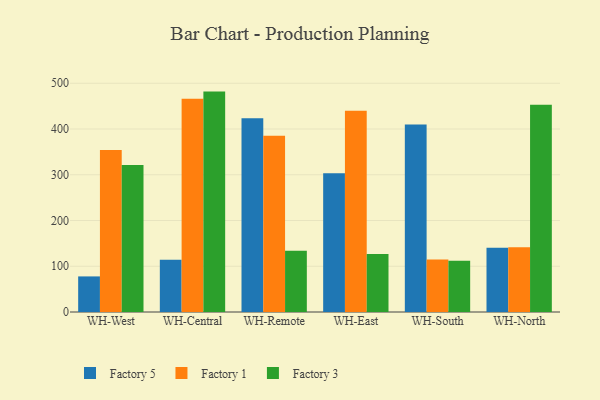
{"axis": {"x": "Warehouse", "y": "Tickets Resolved"}, "legend": ["Factory 1", "Factory 3", "Factory 5"], "data": [{"x": "WH-West", "y": 77.8, "type": "Factory 5"}, {"x": "WH-West", "y": 353.9, "type": "Factory 1"}, {"x": "WH-West", "y": 321.3, "type": "Factory 3"}, {"x": "WH-Central", "y": 114.1, "type": "Factory 5"}, {"x": "WH-Central", "y": 465.9, "type": "Factory 1"}, {"x": "WH-Central", "y": 481.8, "type": "Factory 3"}, {"x": "WH-Remote", "y": 423.3, "type": "Factory 5"}, {"x": "WH-Remote", "y": 385.5, "type": "Factory 1"}, {"x": "WH-Remote", "y": 134.0, "type": "Factory 3"}, {"x": "WH-East", "y": 303.4, "type": "Factory 5"}, {"x": "WH-East", "y": 439.8, "type": "Factory 1"}, {"x": "WH-East", "y": 127.0, "type": "Factory 3"}, {"x": "WH-South", "y": 409.9, "type": "Factory 5"}, {"x": "WH-South", "y": 114.9, "type": "Factory 1"}, {"x": "WH-South", "y": 112.1, "type": "Factory 3"}, {"x": "WH-North", "y": 140.4, "type": "Factory 5"}, {"x": "WH-North", "y": 141.4, "type": "Factory 1"}, {"x": "WH-North", "y": 453.3, "type": "Factory 3"}]}